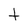
Character: t